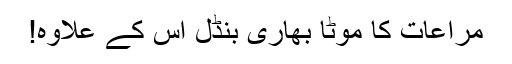
مراعات کا موٹا بھاری بنڈل اس کے علاوہ!